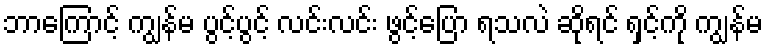
ဘာကြောင့် ကျွန်မ ပွင့်ပွင့် လင်းလင်း ဖွင့်ပြော ရသလဲ ဆိုရင် ရှင့်ကို ကျွန်မ